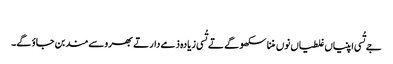
‏
جے تُسی اپنیاں غلطیاں نوں مننا سکھو گے تے تُسی زیادہ ذمےدار تے بھروسےمند بن جاؤ گے۔